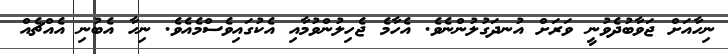
ނިހާއަށް ޖަވާބުދެވުނީ ވަރަށް އުނދަގުލުންނެވެ. އެހާމެ ޖެހިލުންވުމާއި އެކުގައިވެސްމެއެވެ. ނިހާ އެބުނި އެއްޗެއް